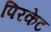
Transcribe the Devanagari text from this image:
पिरकेट